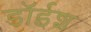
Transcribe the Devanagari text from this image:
डॉईश